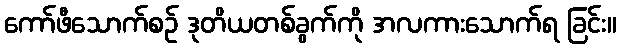
ကော်ဖီသောက်စဉ် ဒုတိယတစ်ခွက်ကို အလကားသောက်ရ ခြင်း။